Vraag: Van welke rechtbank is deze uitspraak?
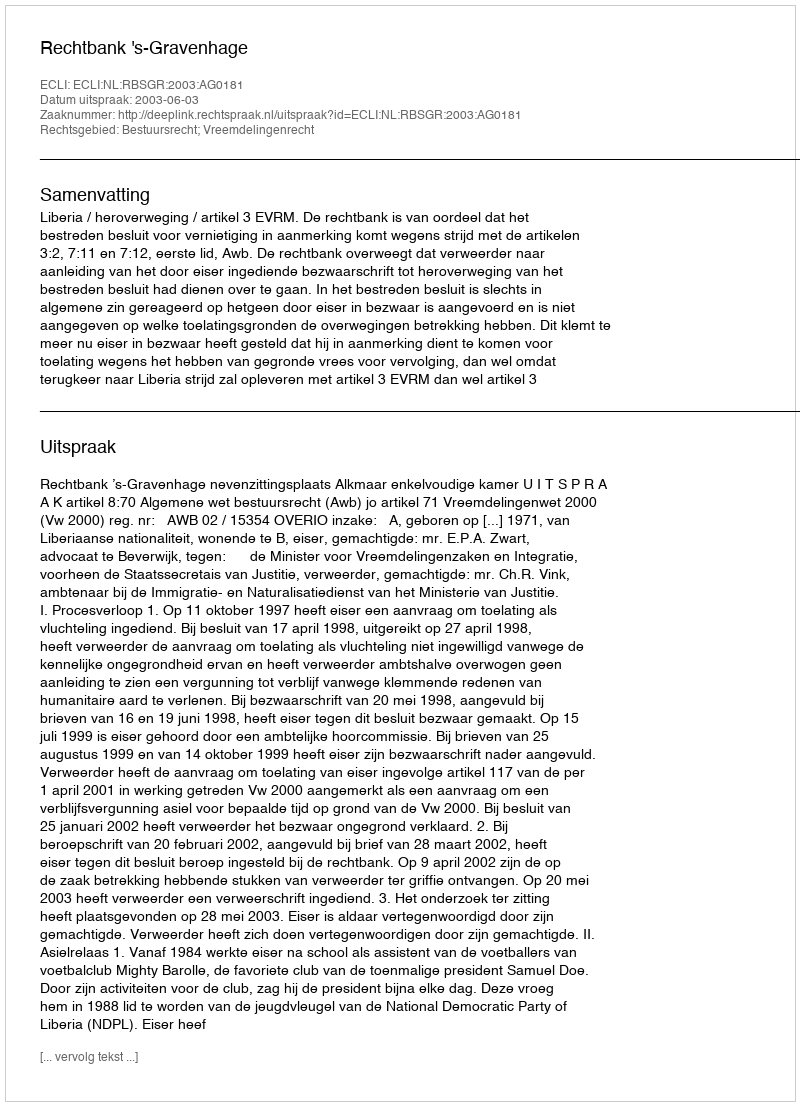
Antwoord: Rechtbank 's-Gravenhage